Lunatic asylums in Bengal annual reports 1899-1911 - 1899-1911
Year: 1899
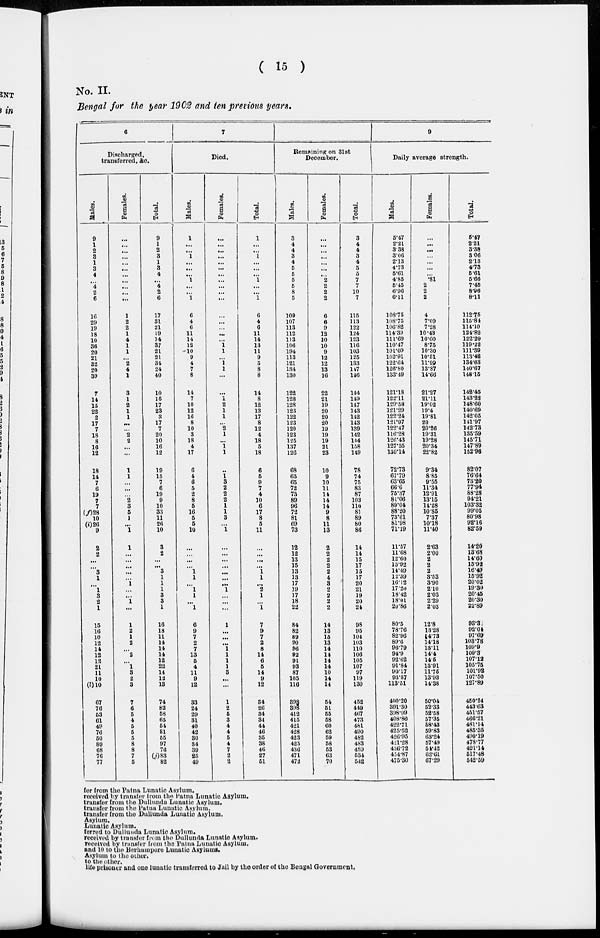
( 15 )
No. II.
Bengal for the year 1902 and ten previous years.
6
Discharged,
transferred, &c.
Males.
9
1
2
3
1
3
4
...
4
2
6
16
29
19
18
10
36
20
21
32
20
39
7
14
15
22
2
17
7
18
8
16
12
18
14
7
6
19
7
7
(f)28
10
(i)20
9
2
2
...
...
3
1
...
1
3
2
1
15
10
10
12
14
12
12
21
11
10
(l)10
67
76
53
61
49
76
50
89
68
76
77
Females.
...
...
...
...
...
...
...
...
...
...
...
1
2
2
1
4
1
1
...
2
4
1
3
1
2
1
1
...
...
2
2
...
...
1
1
...
...
...
2
3
5
1
...
1
1
...
...
...
...
...
1
...
...
1
...
1
2
1
2
...
2
...
1
3
2
3
7
6
5
4
5
5
5
8
8
7
5
Total.
9
1
2
3
1
3
4
...
4
2
6
17
31
21
19
14
37
21
21
34
24
40
10
15
17
23
3
17
7
20
10
16
12
19
15
7
6
19
9
10
33
11
26
10
3
2
...
...
3
1
1
1
3
3
1
16
18
11
14
14
14
12
22
14
12
13
74
82
58
65
54
81
55
97
76
(j)83
82
7
Died.
Males.
1
...
...
1
...
...
...
1
...
...
1
6
4
6
11
14
12
10
9
4
7
8
14
7
10
12
16
8
10
3
18
4
17
6
4
6
5
2
8
5
16
5
5
10
...
...
...
...
1
1
...
1
1
...
1
6
9
7
2
7
13
5
4
11
9
12
33
24
29
31
40
42
30
34
39
25
49
Females.
...
...
...
...
...
...
...
...
...
...
...
...
...
...
...
...
1
1
...
1
1
...
...
1
2
1
1
...
2
1
...
1
1
...
1 3
2
2
2
1
1
3
...
1
...
...
...
...
...
...
...
1
...
...
...
1
...
...
...
1
1
1
1
3
...
...
1
2
5
3
4
4
5
4
7
2
2
Total.
1
...
...
1
...
...
...
1
...
...
1
6
4
6
11
14
13
11
9
5
8
8
14
8
12
13
17
8
12
4
18
5
18
6
5
9
7
4
10
6
17
8
5
11
...
...
...
...
1
1
...
2
1
...
1
7
9
7
2
8
14
6
5
14
9
12
34
26
34
34
44
46
35
38
46
27
51
8
Remaining on 31st
December.
Males.
3
4
4
3
4
5
5
5
5
8
5
109
107
113
112
113
106
194
113
121
134
130
122
128
128
123
122
123
120
123
125
137
126
68
65
65
72
73
89
96
72
81
69
73
12
12
13
15
13
13
17
19
17
18
22
84
82
89
90
96
92
91
93
87
105
116
398
398
412
415
421
428
423
425
436
471
472
Females.
...
...
...
...
...
...
...
2
2
2
2
6
6
9
12
10
10
9
12
12
13
16
22
21
19
20
20
20
19
19
19
21
23
10
9
10
11
14
14
14
9
8
11
13
2
2
2
2
2
4
3
2
2
2
2
14
13
15
13
14
14
14
14
10
14
14
54
51
55
58
60
62
59
58
53
63
70
Total.
3
4
4
3
4
5
5
7
7
10
7
115
113
122
124
123
116
103
125
133
147
146
144
149
147
143
142
143
139
142
144
158
149
78
74
75
83
87
103
110
81
89
80
86
14
14
15
17
15
17
20
21
19
20
24
98
95
104
103
110
106
105
107
97
119
130
452
449
467
473
481
490
482
483
489
534
542
9
Daily average strength.
Males.
5.47
2.21
3.38
3.06
2.13
4.73
5.61
4.85
5.45
6.96
6.11
108.75
108.75
106.82
114.39
111.69
110.47
101.09
102.91
122.64
126.80
133.49
121.18
122.11
129.58
121.29
122.24
121.97
122.47
116.28
126.43
127.55
130.14
72.73
67.79
63.65
66.6
75.37
81.06
89.04
88.20
73.61
81.98
71.19
11.57
11.68
12.60
13.92
14.49
12.39
16.12
17.20
18.42
18.01
20.86
80.5
78.76
82.96
89.6
96.79
94.9
92.62
91.84
90.17
93.57
113.51
400.20
391.30
398.99
408.80
422.71
425.52
426.95
421.28
436.72
454.87
475.30
Females.
...
...
...
...
...
...
...
.81
2
2
2
4
7.09
7.28
10.43
10.60
8.75
10.30
10.51
11.99
13.87
14.66
21.27
21.11
19.02
19.4
19.81
20
20.26
19.31
19.28
20.34
22.82
9.34
8.85
9.55
11.34
12.91
13.15
14.28
10.85
7.37
10.18
11.40
2.63
2.00
2
2
2
3.53
3.90
2.10
2.03
2.29
2.03
12.8
13.28
14.73
14.18
13.11
14.4
14.5
13.91
11.75
13.93
14.38
50.04
52.33
52.58
57.35
58.43
59.83
63.24
57.49
54.42
62.61
67.29
Total.
5.47
2.21
3.38
3.06
2.13
4.73
5.61
5.66
7.45
8.96
8.11
112.75
115.84
114.10
124.82
122.29
119.22
111.39
113.42
134.68
140.67
148.15
142.45
143.22
148.60
140.69
142.05
141.97
142.73
135.59
145.71
147.89
152.96
82.07
76.64
73.20
77.94
88.28
94.2l
103.32
99.05
80.98
92.16
82.59
14.20
13.68
14.60
15.92
16.49
15.92
20.02
19.30
20.45
20.30
22.89
93.3
92.04
97.69
103.78
109.9
109.3
107.12
105.75
101.92
107.50
127.89
450.24
443.63
451.57
466.21
481.14
485.35
490.19
478.77
491.14
517.48
542.59
for from the Patna Lunatic Asylum.
received by transfer from the Patna Lunatic Asylum.
transfer from the Dullunda Lunatic Asylum.
transfer from the Patna Lunatic Asylum.
transfer from the Dullunda Lunutic Asylum.
Asylum.
Lunatic Asylum.
ferred to Dullunda Lunatic Asylum.
received by transfer from the Dullunda Lunatic Asylum.
received by transfer from the Patna Lunatic Asylum.
and 10 to the Berhampore Lunatic Asylums.
Asylum to the other.
to the other.
life prisoner and one lunatic transferred to Jail by the order of the Bengal Government.